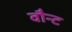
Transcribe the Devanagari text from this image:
वौन्ट